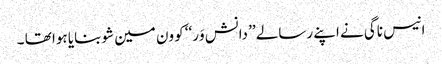
انیس ناگی نے اپنے رسالے ’’ دانش وَر‘‘ کو ون مین شو بنایا ہوا تھا ۔